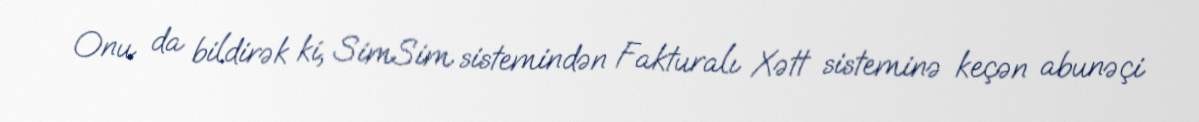
Onu da bildirək ki, SimSim sistemindən Fakturalı Xətt sisteminə keçən abunəçi